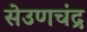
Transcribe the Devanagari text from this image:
सेउणचंद्र